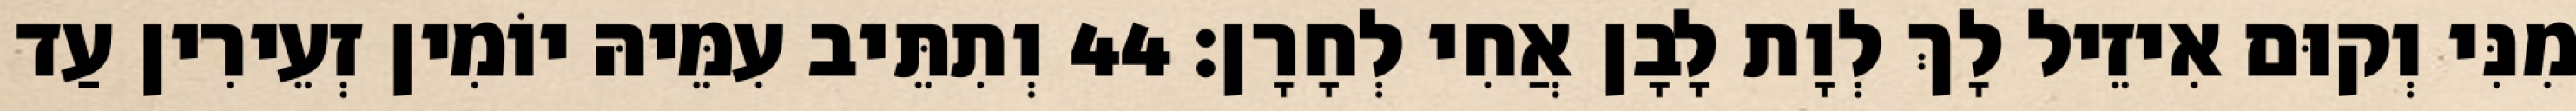
מִנִּי וְקוּם אִיזֵיל לָךְ לְוָת לָבָן אֲחִי לְחָרָן׃ 44 וְתִתֵּיב עִמֵּיהּ יוֹמִין זְעֵירִין עַד